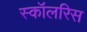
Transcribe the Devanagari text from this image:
स्कॉलरिस